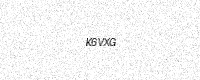
Text: K6VXG